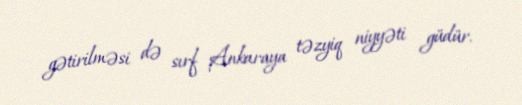
gətirilməsi də sırf Ankaraya təzyiq niyyəti güdür.